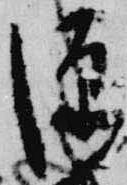
源